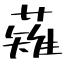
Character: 薙